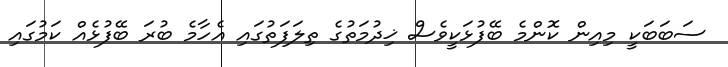
ސަބަބަކީ މިއިން ކޮންމެ ބޭފުޅަކީވެސް ޚިދުމަތުގެ ތިލަފަތުގައި އެހާމެ ބުރަ ބޭފުޅެއް ކަމުގައި